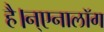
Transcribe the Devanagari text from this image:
है।न्एनालॉग